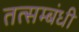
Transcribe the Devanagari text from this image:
तत्सम्बंधी